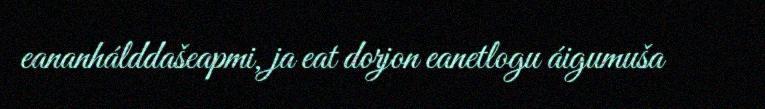
eananhálddašeapmi, ja eat dorjon eanetlogu áigumuša